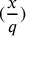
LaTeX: ( { \frac { x } { q } } )